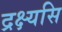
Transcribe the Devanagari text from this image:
द्रक्ष्यसि